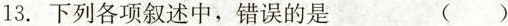
13.下列各项叙述中，\underset{·}{错}\underset{·}{误}的是 ( )